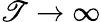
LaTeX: \mathscr{T}\rightarrow\infty